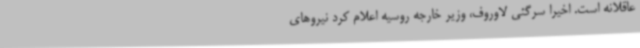
عاقلانه است. اخیرا سرگئی لاوروف، وزیر خارجه روسیه اعلام کرد نیروهای